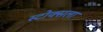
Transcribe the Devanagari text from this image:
स्टोक्सला